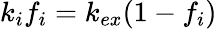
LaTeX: k_{i}f_{i}=k_{ex}(1-f_{i})